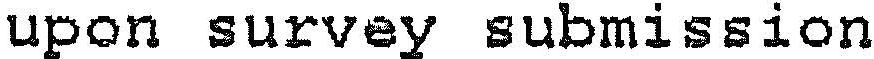
UPON SURVEY SUBMISSION